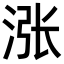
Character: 涨